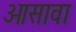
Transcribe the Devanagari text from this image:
ओसावा